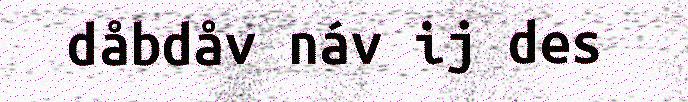
dåbdåv náv ij des